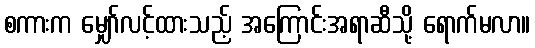
စကားက မျှော်လင့်ထားသည့် အကြောင်းအရာဆီသို့ ရောက်မလာ။